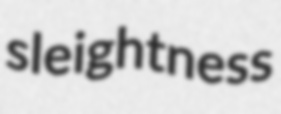
sleightness